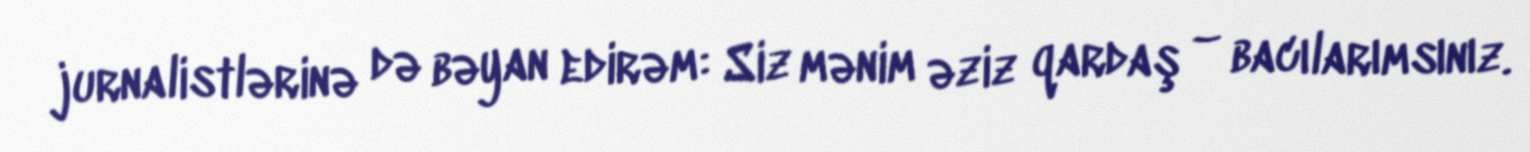
jurnalistlərinə də bəyan edirəm: Siz mənim əziz qardaş – bacılarımsınız.